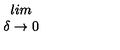
\begin{array} { c } { l i m } \\ { \delta \rightarrow 0 } \\ \end{array}